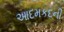
આદમકદની